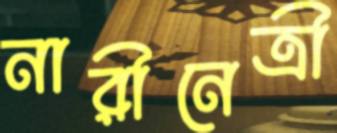
নারীনেত্রী